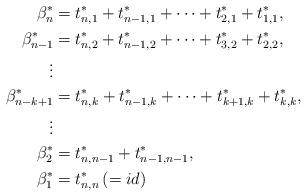
LaTeX: \begin{align*} {\beta^*_{n}}&= t_{n,1}^* + t_{n-1,1}^* + \cdots + t_{2,1}^* + t_{1,1}^* ,\\{\beta^*_{n-1}}&= t_{n,2}^* + t_{n-1,2}^* + \cdots + t_{3,2}^* + t_{2,2}^*,\\\vdots\\{\beta^*_{n-k+1}}&= t_{n,k}^* + t_{n-1,k}^* + \cdots + t_{k+1,k}^* + t_{k,k}^*,\\\vdots\\{\beta^*_{2}}&= t_{n,n-1}^* + t_{n-1,n-1}^*,\\{\beta^*_{1}}&= t_{n,n}^*\, ( = id)\end{align*}